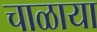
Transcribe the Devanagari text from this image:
चाळाया